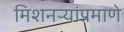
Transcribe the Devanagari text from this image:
मिशनऱ्यांप्रमाणे